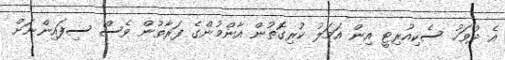
އެ ދުވަހު ސެކިއުރިޓީ އިން އަމަލު ކުރިގޮތުން އާންމުންގެ ފަރާތުން ވެސް ސިފައިންނަށް